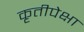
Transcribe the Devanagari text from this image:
कृतीपेक्षा